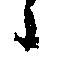
々